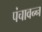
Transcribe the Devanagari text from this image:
पंचावन्‍न